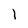
Character: 1